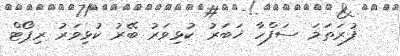
ފުރަތަމަ ސަފްހާ ޚަބަރު ކުޅިވަރު ބޭރު ކުޅިވަރު ރިޕޯޓް